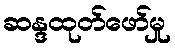
ဆန္ဒထုတ်ဖော်မှု